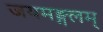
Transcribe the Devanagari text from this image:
जयमङ्गलम्‌